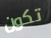
تكون